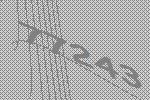
77243